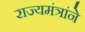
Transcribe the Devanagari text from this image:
राज्यमंत्रांने